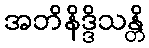
အဘိနိဒ္ဒိသန္တိ